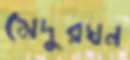
মেদুরঘন